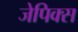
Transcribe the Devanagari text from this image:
जेपिक्स